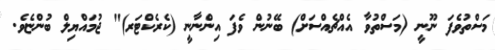
މަސްތުވެފަ ނޫނީ (މަސްތުވާ އެއްޗެއްސަށް) ބޭނުން ވެފަ އިންނާނީ (ކެރެކްޓަރ)" ޖުމައްޔިލް ބުންޏެވެ.